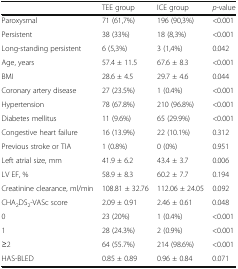
<table><thead><tr><td></td><td><b>TEE group</b></td><td><b>ICE group</b></td><td><b><i>p-</i>value</b></td></tr></thead><tbody><tr><td>Paroxysmal</td><td>71 (61,7%)</td><td>196 (90,3%)</td><td>&lt;0.001</td></tr><tr><td>Persistent</td><td>38 (33%)</td><td>18 (8,3%)</td><td>&lt;0.001</td></tr><tr><td>Long-standing persistent</td><td>6 (5,3%)</td><td>3 (1,4%)</td><td>0.042</td></tr><tr><td>Age, years</td><td>57.4 ± 11.5</td><td>67.6 ± 8.3</td><td>&lt;0.001</td></tr><tr><td>BMI</td><td>28.6 ± 4.5</td><td>29.7 ± 4.6</td><td>0.044</td></tr><tr><td>Coronary artery disease</td><td>27 (23.5%)</td><td>1 (0.4%)</td><td>&lt;0.001</td></tr><tr><td>Hypertension</td><td>78 (67.8%)</td><td>210 (96.8%)</td><td>&lt;0.001</td></tr><tr><td>Diabetes mellitus</td><td>11 (9.6%)</td><td>65 (29.9%)</td><td>&lt;0.001</td></tr><tr><td>Congestive heart failure</td><td>16 (13.9%)</td><td>22 (10.1%)</td><td>0.312</td></tr><tr><td>Previous stroke or TIA</td><td>1 (0.8%)</td><td>0 (0%)</td><td>0.951</td></tr><tr><td>Left atrial size, mm</td><td>41.9 ± 6.2</td><td>43.4 ± 3.7</td><td>0.006</td></tr><tr><td>LV EF, %</td><td>58.9 ± 8.3</td><td>60.2 ± 7.7</td><td>0.194</td></tr><tr><td>Creatinine clearance, ml/min</td><td>108.81 ± 32.76</td><td>112.06 ± 24.05</td><td>0.092</td></tr><tr><td>CHA<sub>2</sub>DS<sub>2</sub>-VASc score</td><td>2.09 ± 0.91</td><td>2.46 ± 0.61</td><td>0.048</td></tr><tr><td>0</td><td>23 (20%)</td><td>1 (0.4%)</td><td>&lt;0.001</td></tr><tr><td>1</td><td>28 (24.3%)</td><td>2 (0.9%)</td><td>&lt;0.001</td></tr><tr><td>≥2</td><td>64 (55.7%)</td><td>214 (98.6%)</td><td>&lt;0.001</td></tr><tr><td>HAS-BLED</td><td>0.85 ± 0.89</td><td>0.96 ± 0.84</td><td>0.071</td></tr></tbody></table>